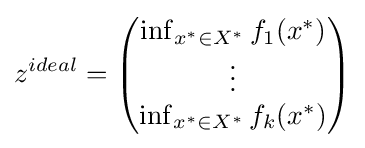
z^{ideal}={\begin{pmatrix}\inf _{x^{*}\in X^{*}}f_{1}(x^{*})\\\vdots \\\inf _{x^{*}\in X^{*}}f_{k}(x^{*})\end{pmatrix}}